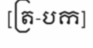
[ត្រ-បក]